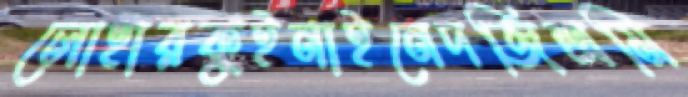
লোহারকুইনাইনেদর্জিশ্রমি